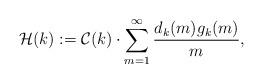
LaTeX: \begin{align*}\mathcal{H}(k):=\mathcal{C}(k)\cdot \sum_{m=1}^{\infty} \frac{d_k(m)g_k(m)}{m},\end{align*}